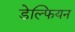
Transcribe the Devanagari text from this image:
डेल्फियन